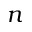
n